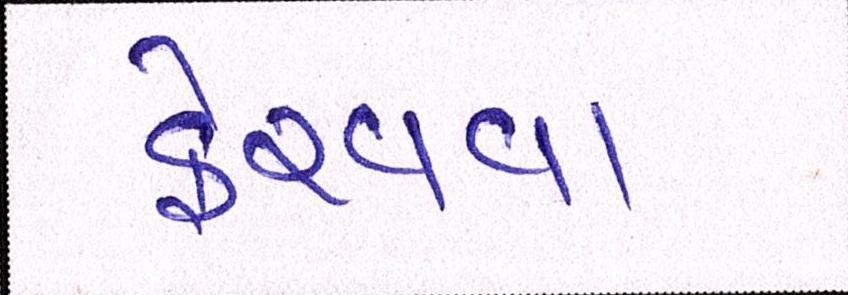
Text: ફેરવવા